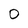
Character: O